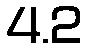
4.2